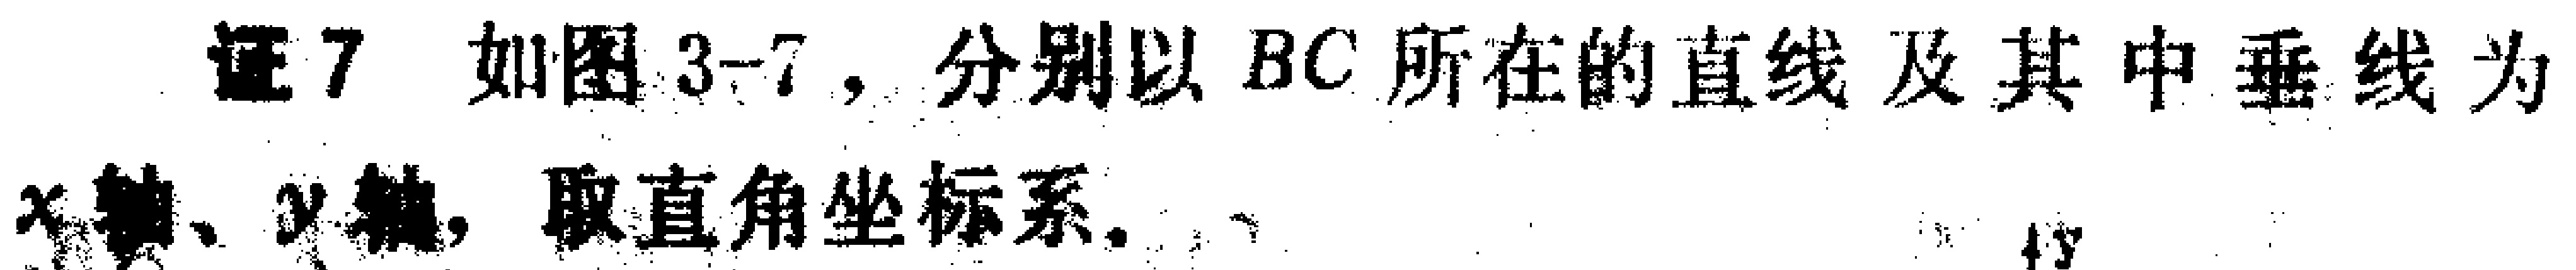
证7 如图3-7，分别以 \(BC\) 所在的直线及其中垂线为 \(x\)轴、\(y\)轴，取直角坐标系.